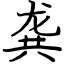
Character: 龚